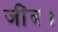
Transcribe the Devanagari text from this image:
जींद।